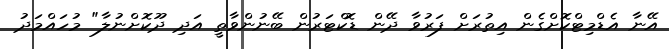
އޭނާ އެޑްމިޓްކޮށްގެން އިތުރަށް ފަރުވާ ދޭން ޑޮކްޓަރުން ބޭނުންވާތީ އަދި ދޫކޮށްނުލާ" މުހައްމަދު